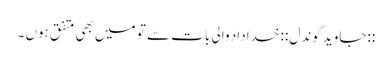
::جاوید گوندل:: خداداد والی بات سے تو میں‌ بھی متفق ہوں ۔